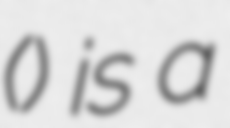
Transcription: () is a